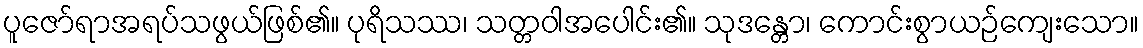
ပူဇော်ရာအရပ်သဖွယ်ဖြစ်၏။ ပုရိသဿ၊ သတ္တဝါအပေါင်း၏။ သုဒန္တော၊ ကောင်းစွာယဉ်ကျေးသော။